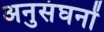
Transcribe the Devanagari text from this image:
अनुसंघनों